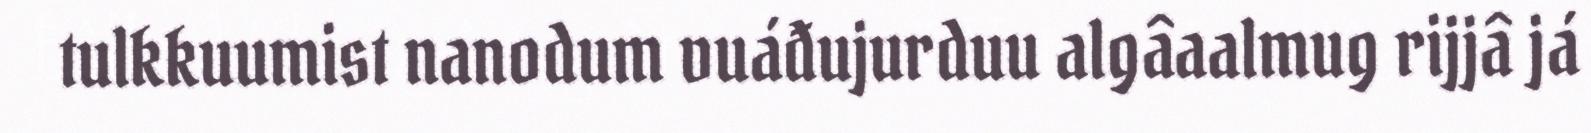
tulkkuumist nanodum vuáđujurduu algâaalmug rijjâ já